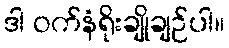
ဒါ ဝက်နံရိုးချိုချဉ်ပါ။